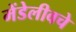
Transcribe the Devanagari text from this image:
मेंडेलीवचे